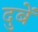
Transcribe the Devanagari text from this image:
दुबें